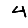
Digit: 4